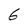
Character: 6